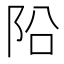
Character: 𨸮